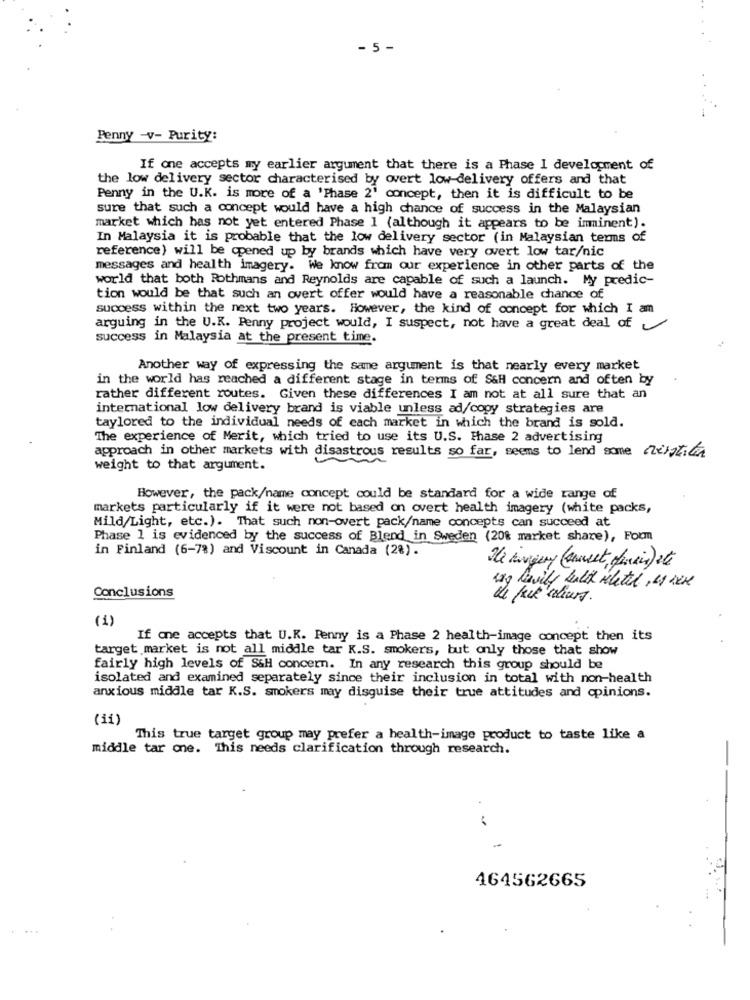
- 5 -
Penny -v- Purity:
If one accepts my earlier argument that there is a Phase I development of
the low delivery sector characterised by overt low-delivery offers and that
Penny in the U.K. is more of a 'Phase 2' concept, then it is difficult to be
sure that such a concept would have a high chance of success in the Malaysian
market which has not yet entered Phase 1 (although it appears to be imminent).
In Malaysia it is probable that the low delivery sector (in Malaysian terms of
reference) will be opened up by brands which have very overt low tar/nic
messages and health imagery. We know from our experience in other parts of the
world that both Rothmans and Reynolds are capable of such a launch. My predic-
tion would be that such an overt offer would have a reasonable chance of
success within the next two years. However, the kind of concept for which I am
arguing in the U.K. Penny project would, I suspect, not have a great deal of
success in Malaysia at the present time.
Another way of expressing the same argument is that nearly every market
in the world has reached a different stage in terms of S&H concern and often by
rather different routes. Given these differences I am not at all sure that an
international low delivery brand is viable unless ad/copy strategies are
taylored to the individual needs of each market in which the brand is sold.
The experience of Merit, which tried to use its U.S. Phase 2 advertising
approach in other markets with disastrous results so far, seems to lend some rest:6
weight to that argument.
However, the pack/name concept could be standard for a wide range of
markets particularly if it were not based on overt health imagery (white packs,
Mild/Light, etc.). That such non-overt pack/name concepts can succeed at
Phase 1 is evidenced by the success of Blend in Sweden (20% market share), Form
in Finland (6-7%) and Viscount in Canada (2%).
He avegeny (cest finais) et
Conclusions
wag heavily bult iletil, u Like
de fait colours
(1)
If one accepts that U.K. Penny is a Phase 2 health-image concept then its
target market is not all middle tar K.S. smokers, but only those that show
fairly high levels of S&H concern. In any research this group should be
isolated and examined separately since their inclusion in total with non-health
anxious middle tar K.S. smokers may disguise their true attitudes and opinions.
(ii)
This true target group may prefer a health-image product to taste like a
middle tar che. This needs clarification through research.
..
464562665